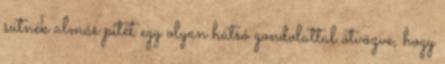
sütnék almás pitét egy olyan hátsó gondolattal ötvözve, hogy